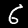
Label: 6